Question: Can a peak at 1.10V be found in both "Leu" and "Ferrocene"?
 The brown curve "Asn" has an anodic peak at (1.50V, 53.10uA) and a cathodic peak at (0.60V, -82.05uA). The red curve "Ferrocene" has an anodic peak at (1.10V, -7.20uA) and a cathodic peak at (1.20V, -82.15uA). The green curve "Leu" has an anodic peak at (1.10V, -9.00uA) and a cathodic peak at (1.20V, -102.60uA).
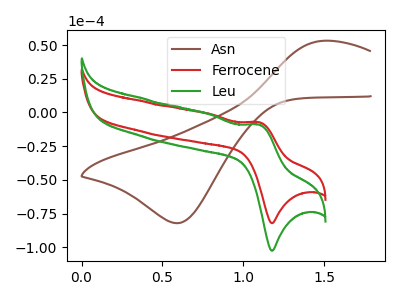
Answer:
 <answer>Yes, "Leu" and "Ferrocene" share a peak at 1.10V.</answer>
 <eval>match</eval>